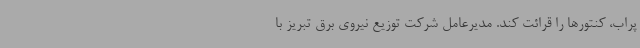
پراب، کنتورها را قرائت کند. مدیرعامل شرکت توزیع نیروی برق تبریز با